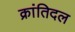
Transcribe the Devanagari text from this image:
क्रांतिदल